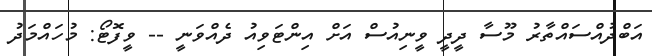
އަބްދުއްސައްތާރު މޫސާ ދީދީ ވީނިއުސް އަށް އިންޓަވިއު ދެއްވަނީ -- ވީފޮޓޯ: މުހައްމަދު